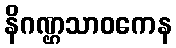
နိဂဏ္ဌသာဝကေန